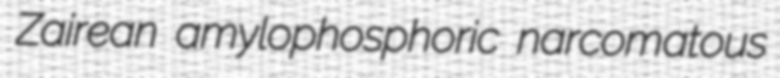
Zairean amylophosphoric narcomatous